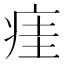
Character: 㾏